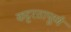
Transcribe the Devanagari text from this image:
कट्टरतापूर्ण